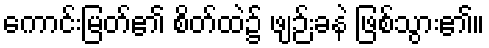
ကောင်းမြတ်၏ စိတ်ထဲ၌ ဖျဉ်းခနဲ ဖြစ်သွား၏။